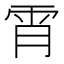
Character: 𲉱